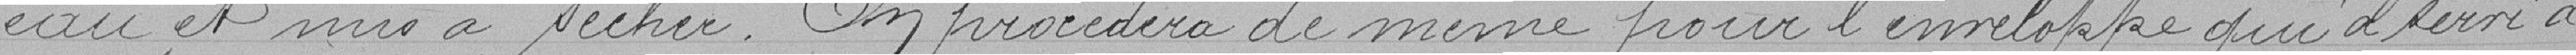
eau et mis à séchés. On procèdera de même pour l'enveloppe qui a  servi à